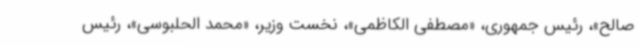
صالح»، رئیس جمهوری، «مصطفی الکاظمی»، نخست وزیر، «محمد الحلبوسی»، رئیس